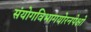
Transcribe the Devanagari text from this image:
संयोगविभागयोरनपेक्षो